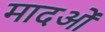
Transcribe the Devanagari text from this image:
मादओं